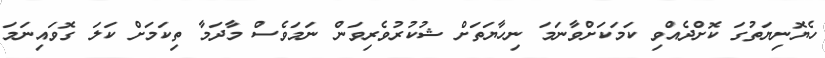
ހެޔޮނިޔަތުގަ ކޮށްދެއްވި ކަމަކަށްވާނަމަ ނިހާޔަތަށް ޝުކުރުވެރިވަން ނަމަވެސް މާދަމާ ތިކަމަށް ކަލަ ގޮވައިނަމަ